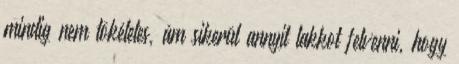
mindig nem tökéletes, ám sikerül annyit lakkot felvenni, hogy